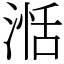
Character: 湉